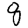
Digit: 8